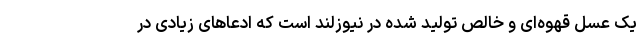
یک عسل قهوه‌ای و خالص تولید شده در نیوزلند است که ادعاهای زیادی در